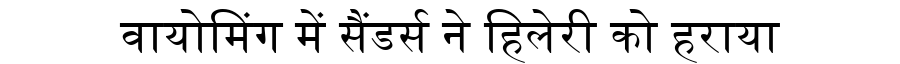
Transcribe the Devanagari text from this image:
वायोमिंग में सैंडर्स ने हिलेरी को हराया